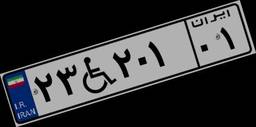
۲۳W۲۰۱۰۱